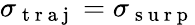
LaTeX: \sigma_{\mathrm{~t~r~a~j~}}=\sigma_{\mathrm{~s~u~r~p~}}